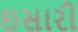
ઇસારી